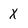
Character: X